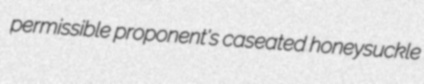
permissible proponent's caseated honeysuckle